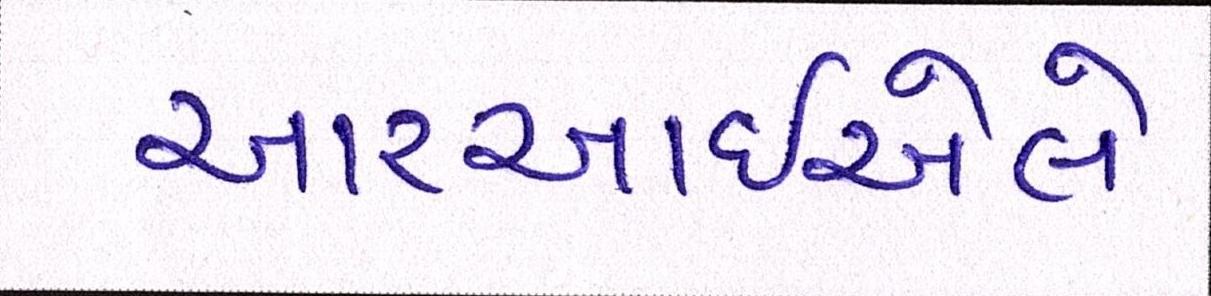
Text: આરઆઇએલે